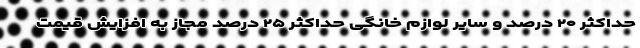
حداکثر ۲۰ درصد و سایر لوازم خانگی حداکثر ۲۵ درصد مجاز به افزایش قیمت